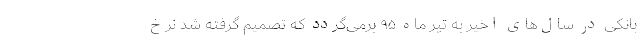
بانکی در سال‌های اخیر به تیر ماه ۹۵ برمی‌گردد که تصمیم گرفته شد نرخ